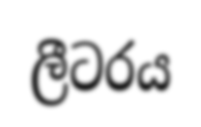
ලීටරය